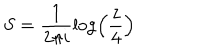
LaTeX: S = \frac { 1 } { 2 \pi i } \log \left( \frac { z } { 4 } \right)